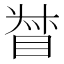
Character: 𥆳